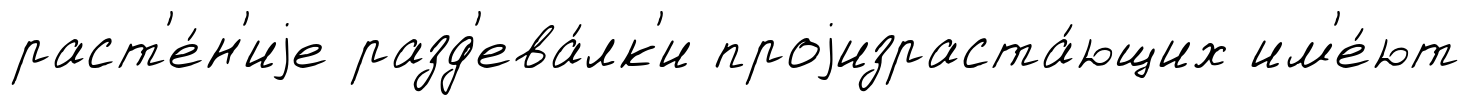
раст'е́н'иjе разд'ева́лк'и проjизраста́ющих им'е́ют